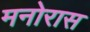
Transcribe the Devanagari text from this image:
मनोरास